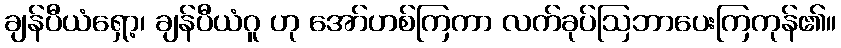
ချန်ပီယံရှော့၊ ချန်ပီယံဂူ ဟု အော်ဟစ်ကြကာ လက်ခုပ်ဩဘာပေးကြကုန်၏။